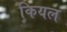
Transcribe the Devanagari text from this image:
कियल